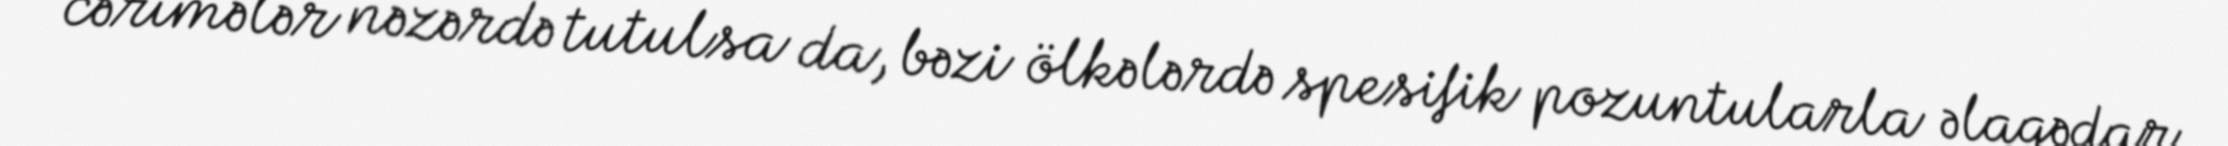
cərimələr nəzərdə tutulsa da, bəzi ölkələrdə spesifik pozuntularla əlaqədar